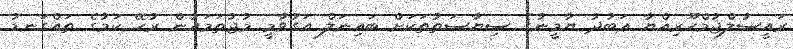
ރައީސުލްޖުމްހޫރިއްޔާ ޢަބުދު ޔާމީނުގެ ސިޔާސަތުތަކަށް ބައިނަލް އަގުވާމީ މުޖުތަމައުން ރުހޭ ކަމުގެ ތައްގަނޑު